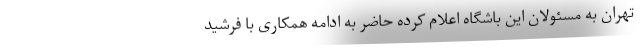
تهران به مسئولان این باشگاه اعلام کرده حاضر به ادامه همکاری با فرشید